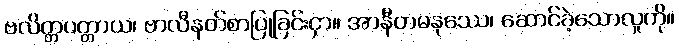
ဗလိတ္တပတ္တာယ၊ ဗာလီနတ်စာပြုခြင်းငှာ။ အာနီတမနုဿေ၊ ဆောင်ခဲ့သောလူကို။